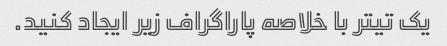
یک تیتر با خلاصه پاراگراف زیر ایجاد کنید.